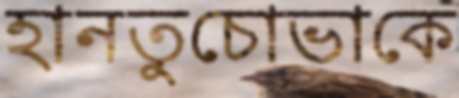
হানতুচোভাকে